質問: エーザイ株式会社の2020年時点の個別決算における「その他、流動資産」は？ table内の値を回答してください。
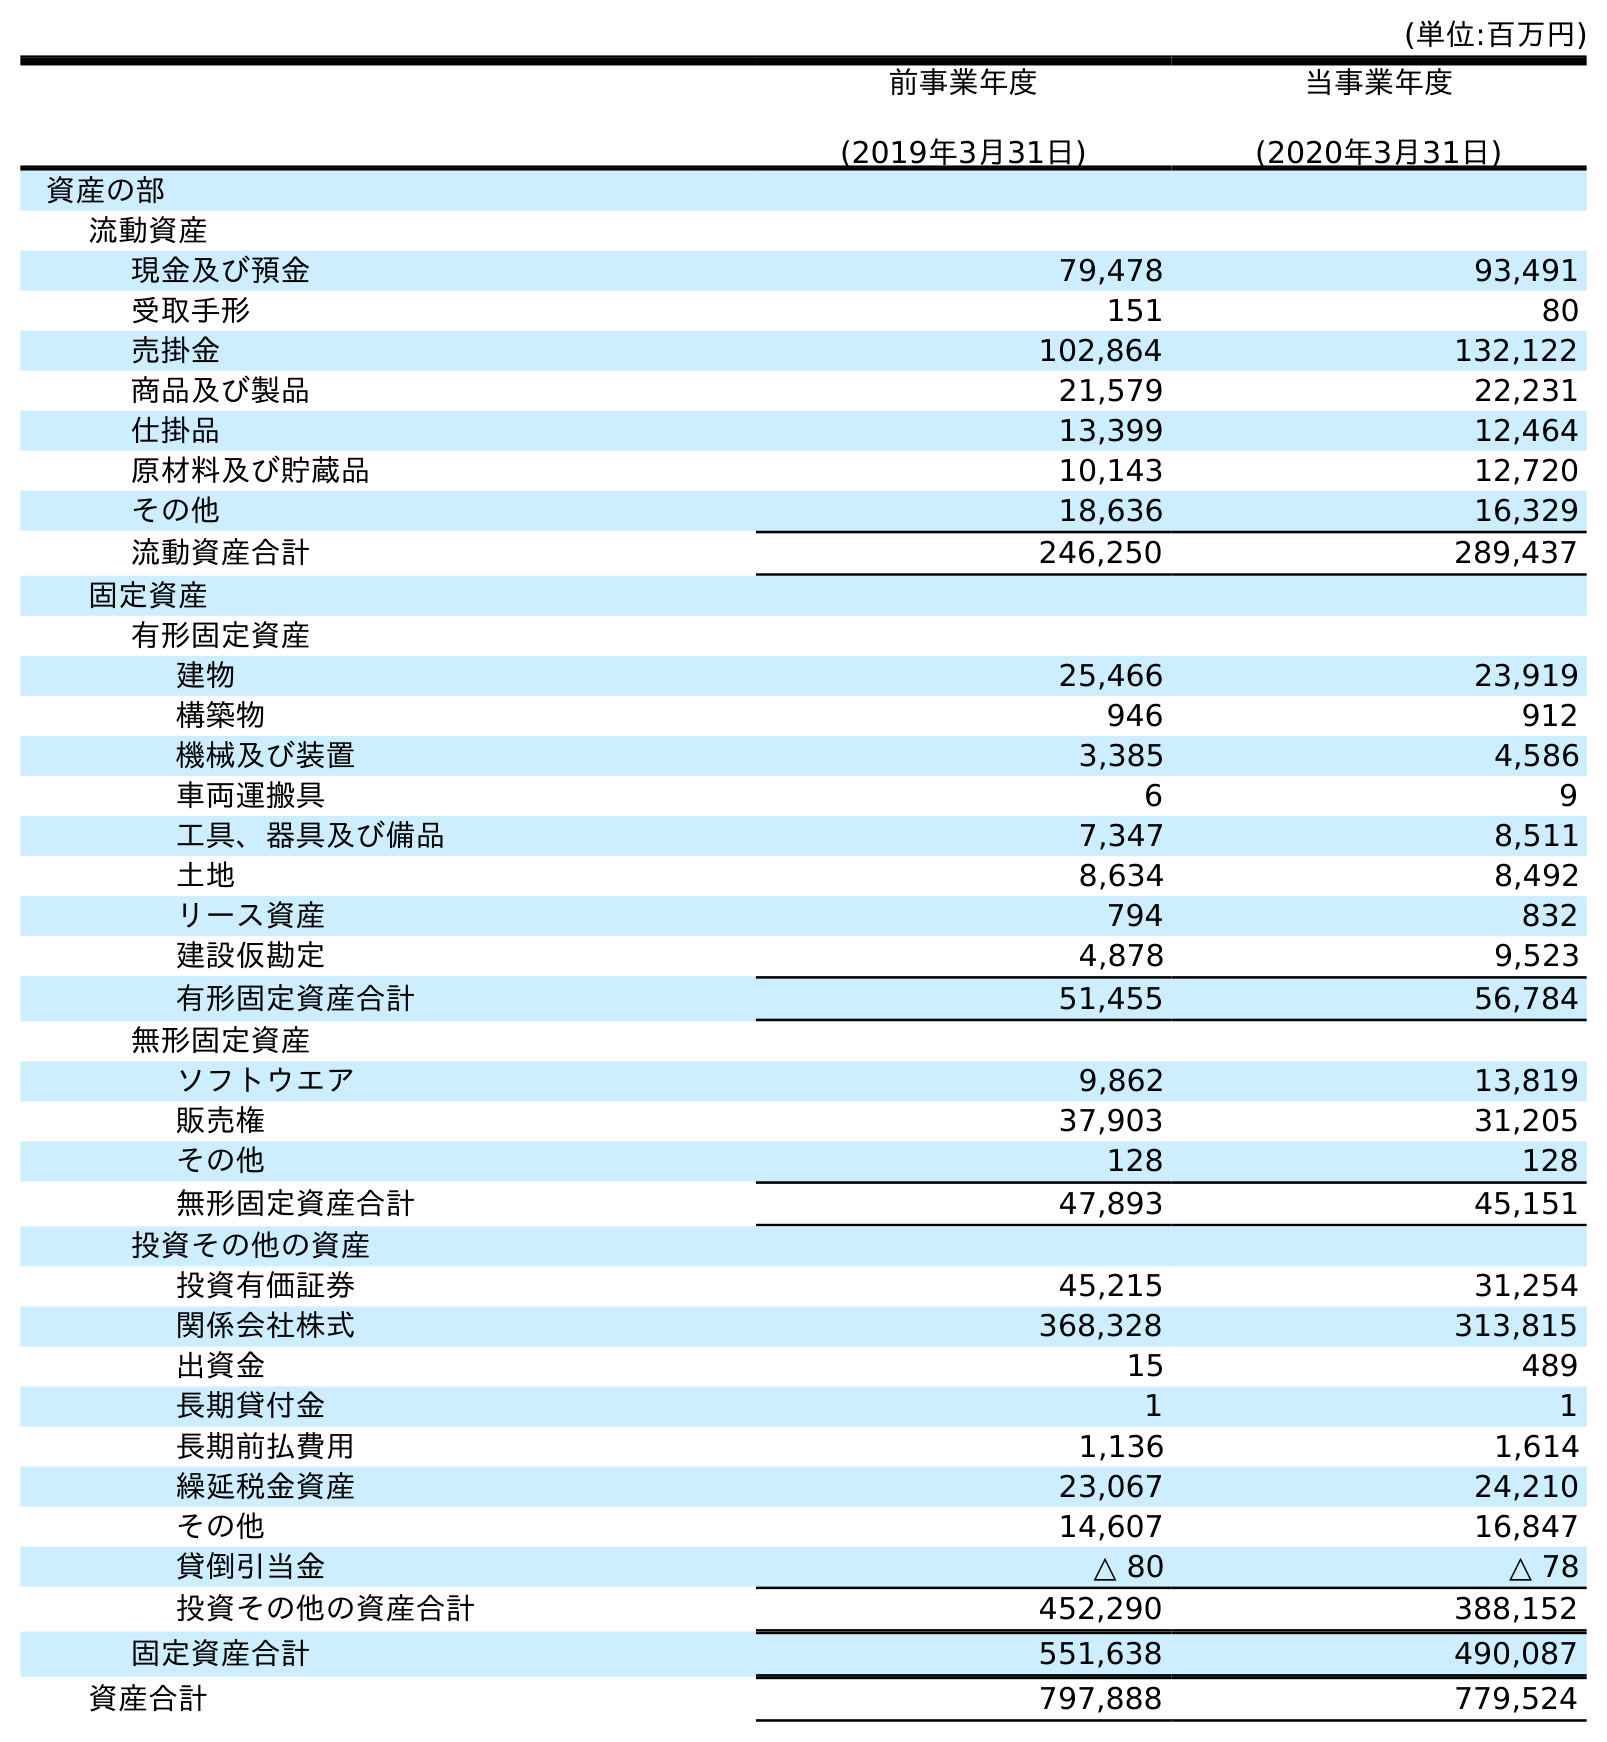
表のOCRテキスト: (単位:百万円) 前事業年度 (2019年3月31日) 当事業年度 (2020年3月31日) 資産の部 流動資産 現金及び預金 79,478 93,491 受取手形 151 80 売掛金 102,864 132,122 商品及び製品 21,579 22,231 仕掛品 13,399 12,464 原材料及び貯蔵品 10,143 12,720 その他 18,636 16,329 流動資産合計 246,250 289,437 固定資産 有形固定資産 建物 25,466 23,919 構築物 946 912 機械及び装置 3,385 4,586 車両運搬具 6 9 工具、器具及び備品 7,347 8,511 土地 8,634 8,492 リース資産 794 832 建設仮勘定 4,878 9,523 有形固定資産合計 51,455 56,784 無形固定資産 ソフトウエア 9,862 13,819 販売権 37,903 31,205 その他 128 128 無形固定資産合計 47,893 45,151 投資その他の資産 投資有価証券 45,215 31,254 関係会社株式 368,328 313,815 出資金 15 489 長期貸付金 1 1 長期前払費用 1,136 1,614 繰延税金資産 23,067 24,210 その他 14,607 16,847 貸倒引当金 △ 80 △ 78 投資その他の資産合計 452,290 388,152 固定資産合計 551,638 490,087 資産合計 797,888 779,524
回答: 16,329